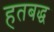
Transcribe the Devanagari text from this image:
हतबद्ध